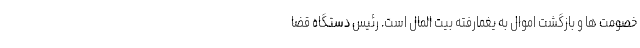
خصومت ها و بازگشت اموال به یغمارفته بیت المال است. رئیس دستگاه قضا